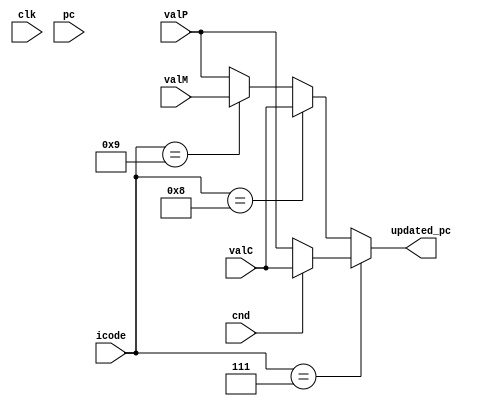
`timescale 1ns / 1ps
module pc_update(
  clk,pc,cnd,icode,valC,valM,valP,
  updated_pc
);
  input clk, cnd;
  input [3:0] icode;
  input [63:0] valC,valP,valM,pc;
  output reg [63:0] updated_pc;
  always@(*)
  begin
    if(icode==4'b0111) //jxx
    begin
      if(cnd==1'b1)updated_pc=valC;
      else updated_pc=valP;
    end
    else if(icode==4'b1000)updated_pc=valC; //call
    else if(icode==4'b1001)updated_pc=valM; //ret
    else  updated_pc=valP;
  end
endmodule